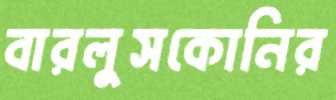
বারলুসকোনির